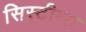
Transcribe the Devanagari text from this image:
सिस्टीम्स